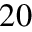
2 0